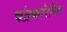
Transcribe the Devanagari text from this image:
चंद्रकोरींना